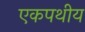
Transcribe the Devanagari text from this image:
एकपथीय